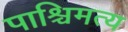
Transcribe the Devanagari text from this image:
पाश्चिमत्य